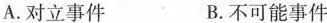
A. 对立事件 B. 不可能事件